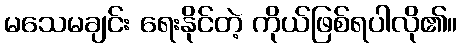
မသေမချင်း ရေးနိုင်တဲ့ ကိုယ်ဖြစ်ရပါလို၏။